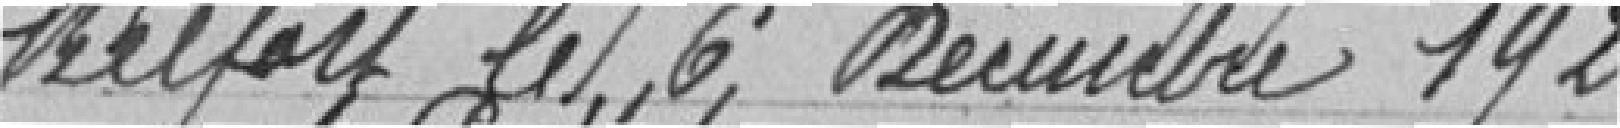
Belfort, le 6 décembre 1924